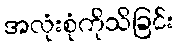
အလုံးစုံကိုသိခြင်း